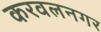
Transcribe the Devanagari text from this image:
करवलनगर